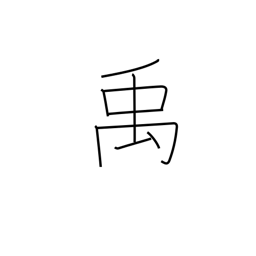
Meaning: name of a Chinese emperor